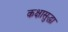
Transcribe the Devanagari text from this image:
कक्षासुद्धा